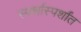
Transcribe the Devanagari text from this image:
स्पर्शास्पर्शांत